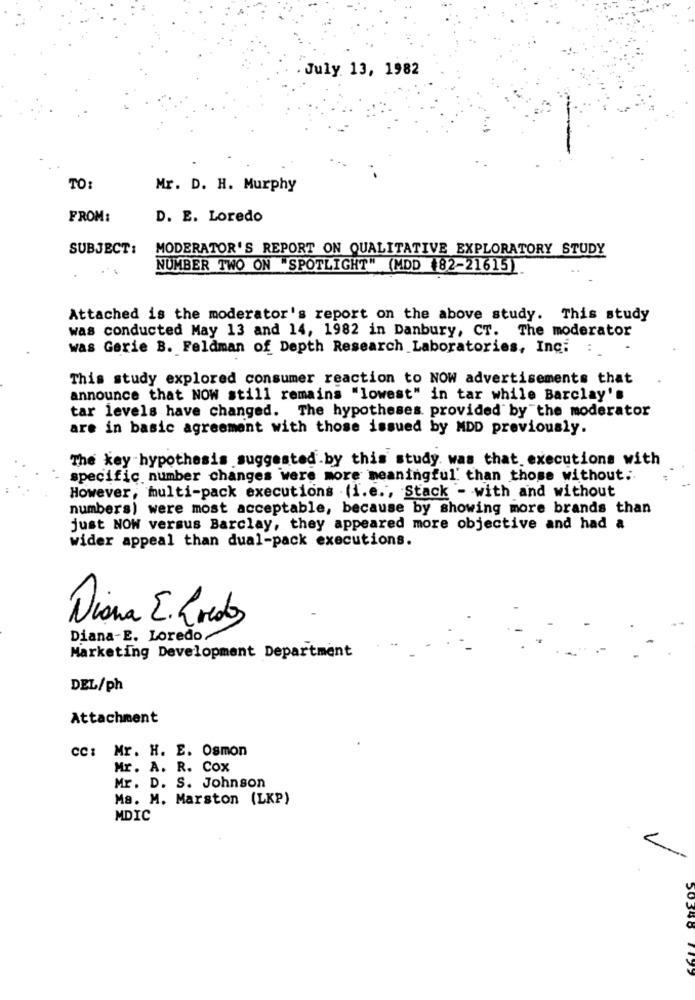
July 13, 1982
TO:
Mr. D. H. Murphy
FROM:
D. E. Loredo
SUBJECT:
MODERATOR'S REPORT ON QUALITATIVE EXPLORATORY STUDY
NUMBER TWO ON "SPOTLIGHT" (MDD #82-21615)
Attached is the moderator's report on the above study. This study
was conducted May 13 and 14, 1982 in Danbury, CT. The moderator
was Gerie B. Feldman of Depth Research Laboratories, Inc:
This study explored consumer reaction to NOW advertisements that
announce that NOW still remains "lowest" in tar while Barclay's
tar levels have changed. The hypotheses provided by the moderator
are in basic agreement with those issued by MDD previously.
The key hypothesis suggested by this study. was that. executions with
specific number changes were more meaningful' than those without ;.
However, multi-pack executions . (i.e ., Stack - with and without
numbers) were most acceptable, because by showing more brands than
just NOW versus Barclay, they appeared more objective and had a
wider appeal than dual-pack executions.
Diana E. Kredos
Diana-E. Loredo/
Marketing Development Department
DEL/ph
Attachment
cc: Mr. H. E. Osmon
Mr. A. R. Cox
Mr. D. S. Johnson
Ma. M. Marston (LKP)
MDIC
50348 719>